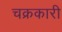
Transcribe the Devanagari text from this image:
चक्रकारी